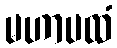
မဟာပထံ